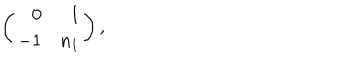
\left( \begin{array} { r r } { { 0 } } & { { 1 } } \\ { { - 1 } } & { { n _ { 1 } } } \\ \end{array} \right) ,